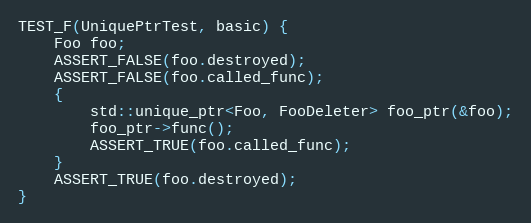
Language: C++
TEST_F(UniquePtrTest, basic) {
    Foo foo;
    ASSERT_FALSE(foo.destroyed);
    ASSERT_FALSE(foo.called_func);
    {
        std::unique_ptr<Foo, FooDeleter> foo_ptr(&foo);
        foo_ptr->func();
        ASSERT_TRUE(foo.called_func);
    }
    ASSERT_TRUE(foo.destroyed);
}